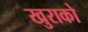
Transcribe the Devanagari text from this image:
खुराको